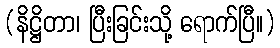
(နိဋ္ဌိတာ၊ ပြီးခြင်းသို့ ရောက်ပြီ။)